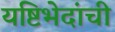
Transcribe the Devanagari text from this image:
यष्टिभेदांची